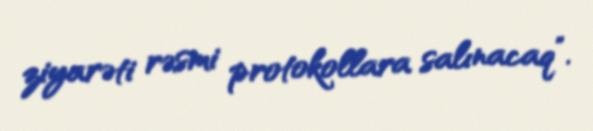
ziyarəti rəsmi protokollara salınacaq”.